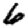
Digit: 6